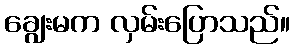
ချွေးမက လှမ်းပြောသည်။